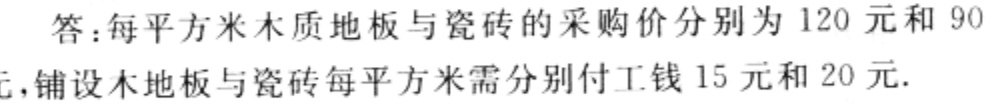
答：每平方米木质地板与瓷砖的采购价分别为 120 元和 90 元,铺设木地板与瓷砖每平方米需分别付工钱 15 元和 20 元.